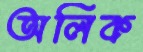
অলিক